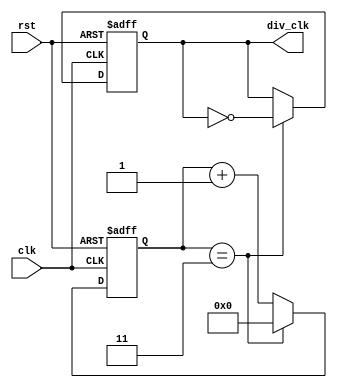
/**

 MIT lab2
 Divider
 @author Isabel Taylor

 NOTES:
 count up to constant - 1 because count starts at 0
 clock is 100 MHz, by constant being two it makes the clock 50 MHz
 by constant being 4 it makes the clock 25 MHz
*/

module divider(
	input clk,
	input rst,
	output reg div_clk
	);

//count parameter
reg [31:0] count;

//constant to determine clk output
localparam constant = 4;

//counter and comparator in one
always @(posedge(clk), posedge(rst))
begin
	if(rst) //resets count to 0 and div_clk to 0
	begin
		div_clk <= 1'b0;
		count <= 32'b0;
	end
	else if (count == constant - 1 ) //resets count, sends out one clk cycle div_clk
	begin
		div_clk <= ~div_clk;
		count <= 32'b0;
	end
	else
	begin
		div_clk <= div_clk;
		count <= count + 1'b1;
	end
end

endmodule